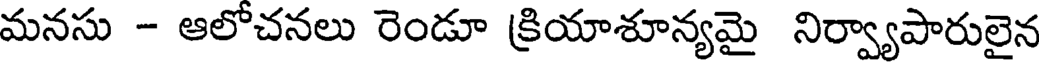
మనసు - ఆలోచనలు రెండూ క్రియాశూన్యమై నిర్వ్యాపారులైన